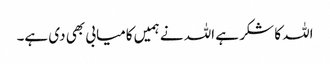
اللہ کا شکر ہے اللہ نے ہمیں کامیابی بھی دی ہے۔